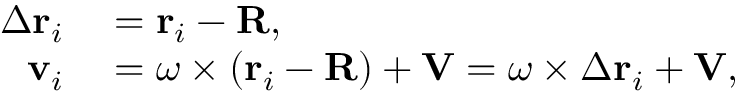
\begin{array} { r l } { \Delta \mathbf { r } _ { i } } & { { } = \mathbf { r } _ { i } - \mathbf { R } , } \\ { \mathbf { v } _ { i } } & { { } = { \boldsymbol { \omega } } \times \left( \mathbf { r } _ { i } - \mathbf { R } \right) + \mathbf { V } = { \boldsymbol { \omega } } \times \Delta \mathbf { r } _ { i } + \mathbf { V } , } \end{array}